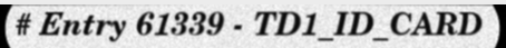
# Entry 61339 - TD1_ID_CARD